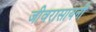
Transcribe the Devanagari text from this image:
जीवरासायनी